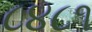
૮૪૮૧